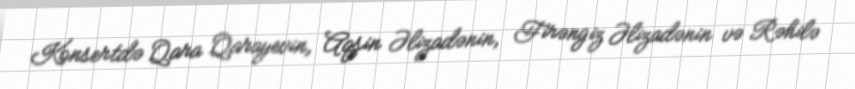
Konsertdə Qara Qarayevin, Aqşin Əlizadənin, Firəngiz Əlizadənin və Rəhilə